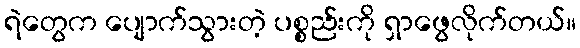
ရဲတွေက ပျောက်သွားတဲ့ ပစ္စည်းကို ရှာဖွေလိုက်တယ်။